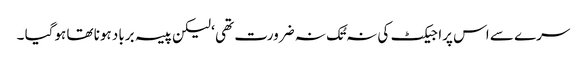
سرے سے اس پراجیکٹ کی نہ تُک نہ ضرورت تھی ‘ لیکن پیسہ برباد ہونا تھا ہوگیا ۔